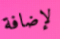
لإضافة